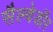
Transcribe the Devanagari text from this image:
सैल्वेडॉर